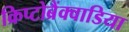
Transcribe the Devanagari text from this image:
क्रिप्टोब्रैंक्वाडिया